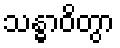
သန္ဓာဝိတွာ